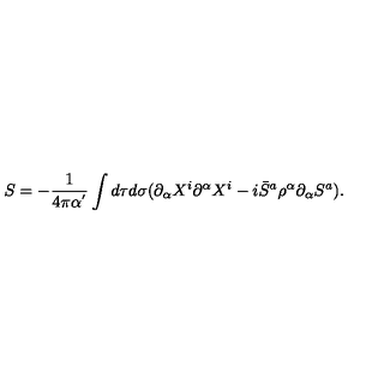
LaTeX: S = - \frac { 1 } { 4 \pi \alpha ^ { ' } } \int d \tau d \sigma ( \partial _ { \alpha } X ^ { i } \partial ^ { \alpha } X ^ { i } - i \bar { S } ^ { a } \rho ^ { \alpha } \partial _ { \alpha } S ^ { a } ) .